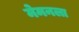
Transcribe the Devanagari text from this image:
मेमनला